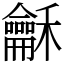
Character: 龢